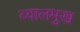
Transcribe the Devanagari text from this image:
व्यालमुख